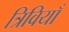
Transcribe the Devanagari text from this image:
त्रिवियाँ